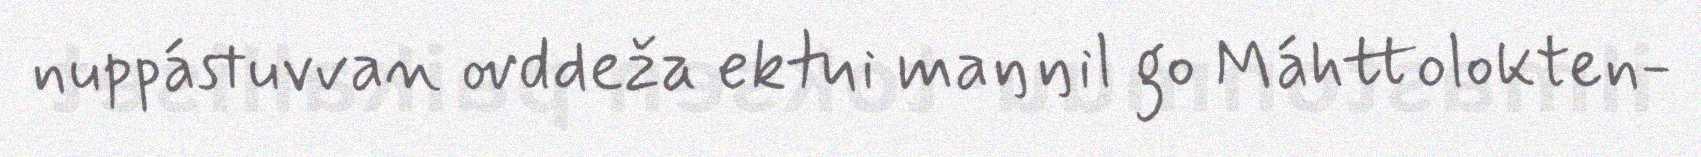
nuppástuvvan ovddeža ektui maŋŋil go Máhttolokten-